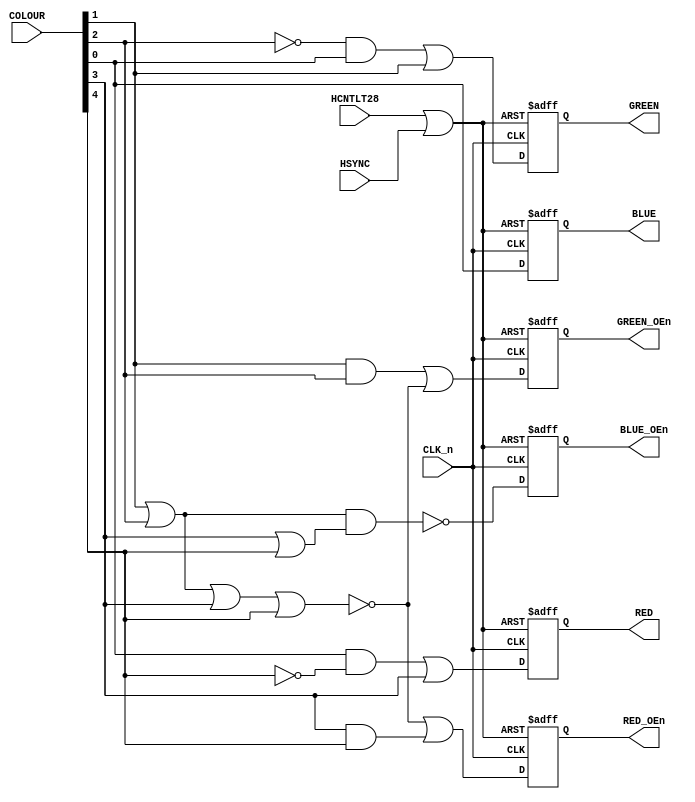
// ===============================================================================
//
//  Amstrad CPC Gate Array for Xilinx X95288XL
//
//  Copyright (C) 2021 Darren Johnstone <darren@darrenjohnstone.scot>
//
//  This program is free software; you can redistribute it and/or modify it
//  under the terms of the GNU General Public License as published by the Free
//  Software Foundation; either version 2 of the License, or (at your option)
//  any later version.
//
//  This program is distributed in the hope that it will be useful, but WITHOUT
//  ANY WARRANTY; without even the implied warranty of MERCHANTABILITY or
//  FITNESS FOR A PARTICULAR PURPOSE.  See the GNU General Public License for
//  more details.
//
//  You should have received a copy of the GNU General Public License along
//  with this program; if not, write to the Free Software Foundation, Inc.,
//  51 Franklin Street, Fifth Floor, Boston, MA 02110-1301 USA.
//
//  Acknowledgements:
//
//  Based on 40010-simplified_V03.pdf by Gerald 
//  (https://www.cpcwiki.eu/forum/amstrad-cpc-hardware/gate-array-decapped!) 
//  
//  Partially based on the Amstrad MiSTer core by Gyorgy Szombathelyi
//  https://github.com/MiSTer-devel/Amstrad_MiSTer/tree/master/rtl/GA40010
// ===============================================================================
module ColourDecode(input HCNTLT28,
                    input HSYNC,
                    input[4 : 0] COLOUR,
                    input CLK_n,
                    output reg BLUE_OEn,
                    output reg BLUE,
                    output reg GREEN_OEn,
                    output reg GREEN,
                    output reg RED_OEn,
                    output reg RED);
  wire FORCE_BLANK = HCNTLT28 | HSYNC;
  always
    @(posedge CLK_n,
      posedge FORCE_BLANK)
      begin
        if (FORCE_BLANK)
          begin // Blank
            BLUE_OEn <= 0;
            BLUE <= 0;
            GREEN_OEn <= 0;
            GREEN <= 0;
            RED_OEn <= 0;
            RED <= 0;
          end
        else
          begin
            BLUE_OEn <= ~((COLOUR[1] | COLOUR[2]) & (COLOUR[3] | COLOUR[4]));
            BLUE <= COLOUR[0];
            GREEN_OEn <= (COLOUR[1] & COLOUR[2]) | ~(COLOUR[1] | COLOUR[2] | COLOUR[3] | COLOUR[4]);
            GREEN <= (~COLOUR[2] & COLOUR[0]) | COLOUR[1];
            RED_OEn <= ~(COLOUR[1] | COLOUR[2] | COLOUR[3] | COLOUR[4]) | (COLOUR[3] & COLOUR[4]);
            RED <= (COLOUR[0] & ~COLOUR[4]) | COLOUR[3];
          end
      end
endmodule